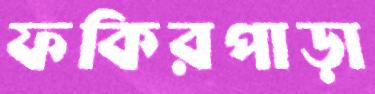
ফকিরপাড়া